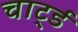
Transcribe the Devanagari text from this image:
चार्ट्ड